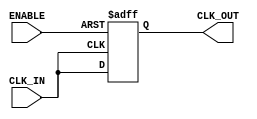
module ClockBuffer (
    input wire CLK_IN,       // Input clock signal
    input wire ENABLE,       // Enable signal
    output reg CLK_OUT       // Buffered clock output
);

// Buffering the clock signal with enable control
always @(posedge CLK_IN or negedge ENABLE) begin
    if (!ENABLE) begin
        CLK_OUT <= 1'bz;    // High-impedance state when ENABLE is low
    end else begin
        CLK_OUT <= CLK_IN;   // Mirror the input clock when ENABLE is high
    end
end

endmodule